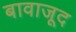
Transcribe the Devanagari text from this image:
बावाजूद